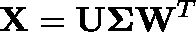
\mathbf { X } = \mathbf { U } \mathbf { \Sigma } \mathbf { W } ^ { T }